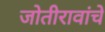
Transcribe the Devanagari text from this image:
जोतीरावांचे